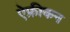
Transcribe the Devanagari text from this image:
ऐफ्रीकन